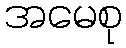
အမေစု